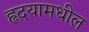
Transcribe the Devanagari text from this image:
हृदयामधील